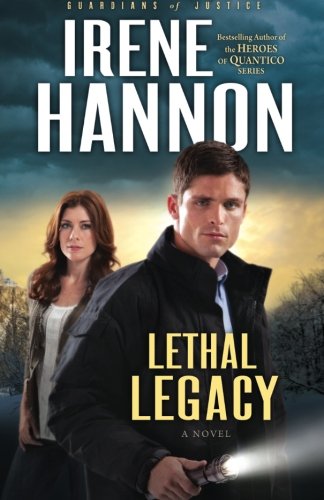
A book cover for Lethal Legacy: A Novel (Guardians of Justice) (Volume 3); Irene Hannon; Romance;